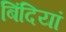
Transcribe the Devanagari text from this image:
बिंदियां